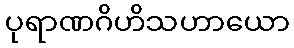
ပုရာဏဂိဟိသဟာယော